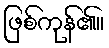
ဖြစ်ကုန်၏။